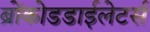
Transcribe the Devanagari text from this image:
ब्रोंकोडडाईलेटर्स